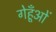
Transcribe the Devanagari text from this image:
गेहूँओं